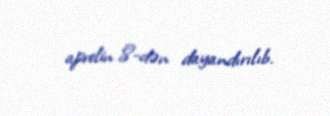
aprelin 8-dən dayandırılıb.